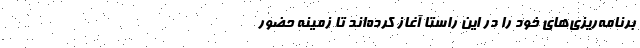
برنامه‌ریزی‌های خود را در این راستا آغاز کرده‌اند تا زمینه‌ حضور